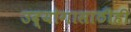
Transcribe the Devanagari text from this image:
उद्योगासाठीही